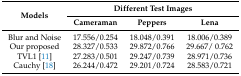
<table><thead><tr><td rowspan="2"><b>Models</b></td><td colspan="3"><b>Different Test Images</b></td></tr><tr><td><b>Cameraman</b></td><td><b>Peppers</b></td><td><b>Lena</b></td></tr></thead><tbody><tr><td>Blur and Noise</td><td>17.556/0.254</td><td>18.048/0.391</td><td>18.006/0.389</td></tr><tr><td>Our proposed</td><td>28.327/0.533</td><td>29.872/0.766</td><td>29.667/ 0.762</td></tr><tr><td>TVL1 [11]</td><td>27.283/0.501</td><td>29.247/0.739</td><td>28.971/0.736</td></tr><tr><td>Cauchy [18]</td><td>26.244/0.472</td><td>29.201/0.724</td><td>28.583/0.721</td></tr></tbody></table>